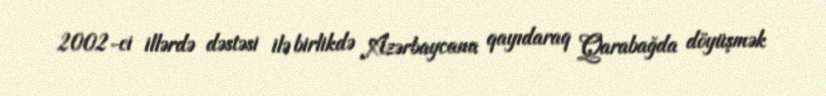
2002-ci illərdə dəstəsi ilə birlikdə Azərbaycana qayıdaraq Qarabağda döyüşmək